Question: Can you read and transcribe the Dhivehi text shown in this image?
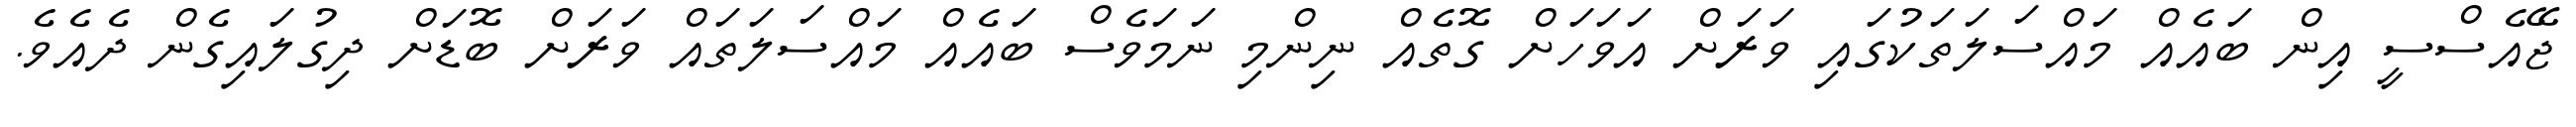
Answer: ޖޭއެސްސީ އިން ބައެއް މައްސަލަތަކުގައި ވަރަށް އަވަހަށް ގޮތެއް ނިންމި ނަމަވެސް ބައެއް މައްސަލަތައް ވަރަށް ބޮޑަށް ދިގުލައިގެން ދެއެވެ.